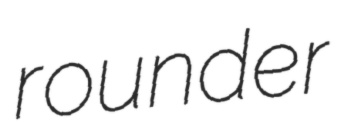
rounder